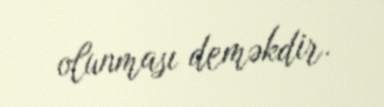
olunması deməkdir.